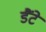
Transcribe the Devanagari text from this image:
डैंटे